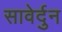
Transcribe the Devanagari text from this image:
सावेर्दुन